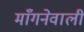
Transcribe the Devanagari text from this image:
माँगनेवाली